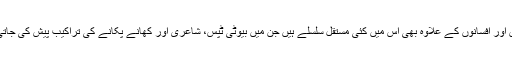
ناولوں اور افسانوں کے علاوہ بھی اس میں کئی مستقل سلسلے ہیں جن میں بیوٹی ٹپس، شاعری اور کھانے پکانے کی تراکیب پیش کی جاتی ہیں۔